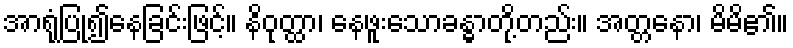
အာရုံပြု၍နေခြင်းဖြင့်။ နိဝုတ္ထာ၊ နေဖူးသောခန္ဓာတို့တည်း။ အတ္တနော၊ မိမိ၏။